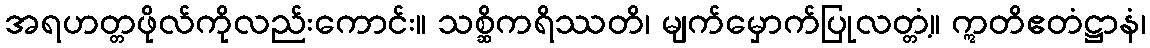
အရဟတ္တဖိုလ်ကိုလည်းကောင်း။ သစ္ဆိကရိဿတိ၊ မျက်မှောက်ပြုလတ္တံ့။ ဣတိဧတံဋ္ဌာနံ၊